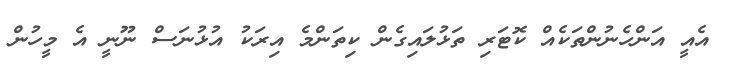
އެއީ އަންހެނުންތަކެއް ކޮޓަރި ތަޅުލައިގެން ކިތަންމެ އިރަކު އުޅުނަސް ނޫނީ އެ މީހުން